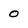
Character: 0